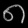
Digit: ၈